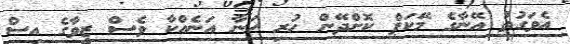
އެވަގުތު އޭނާގެ މޭކަޕް ކޮށްދޭން ހުރި ހަނާ އަނެއްކާ ވެސް ޒީވާގެ އިސް